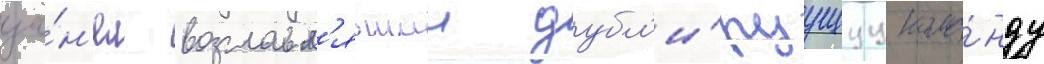
за́н'ял возглавл'явшии дубл'и́руущуу кома́нду